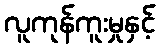
လူကုန်ကူးမှုနှင့်